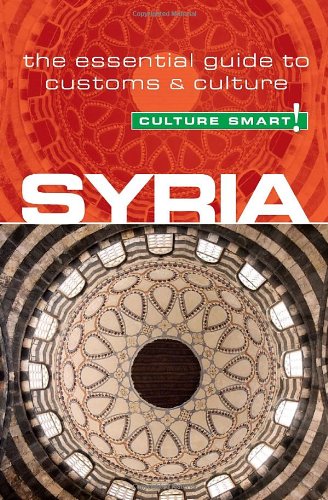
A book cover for Syria - Culture Smart!: The Essential Guide to Customs & Culture; Sarah Standish; Travel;